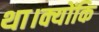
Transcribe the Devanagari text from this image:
था।क्योंकि